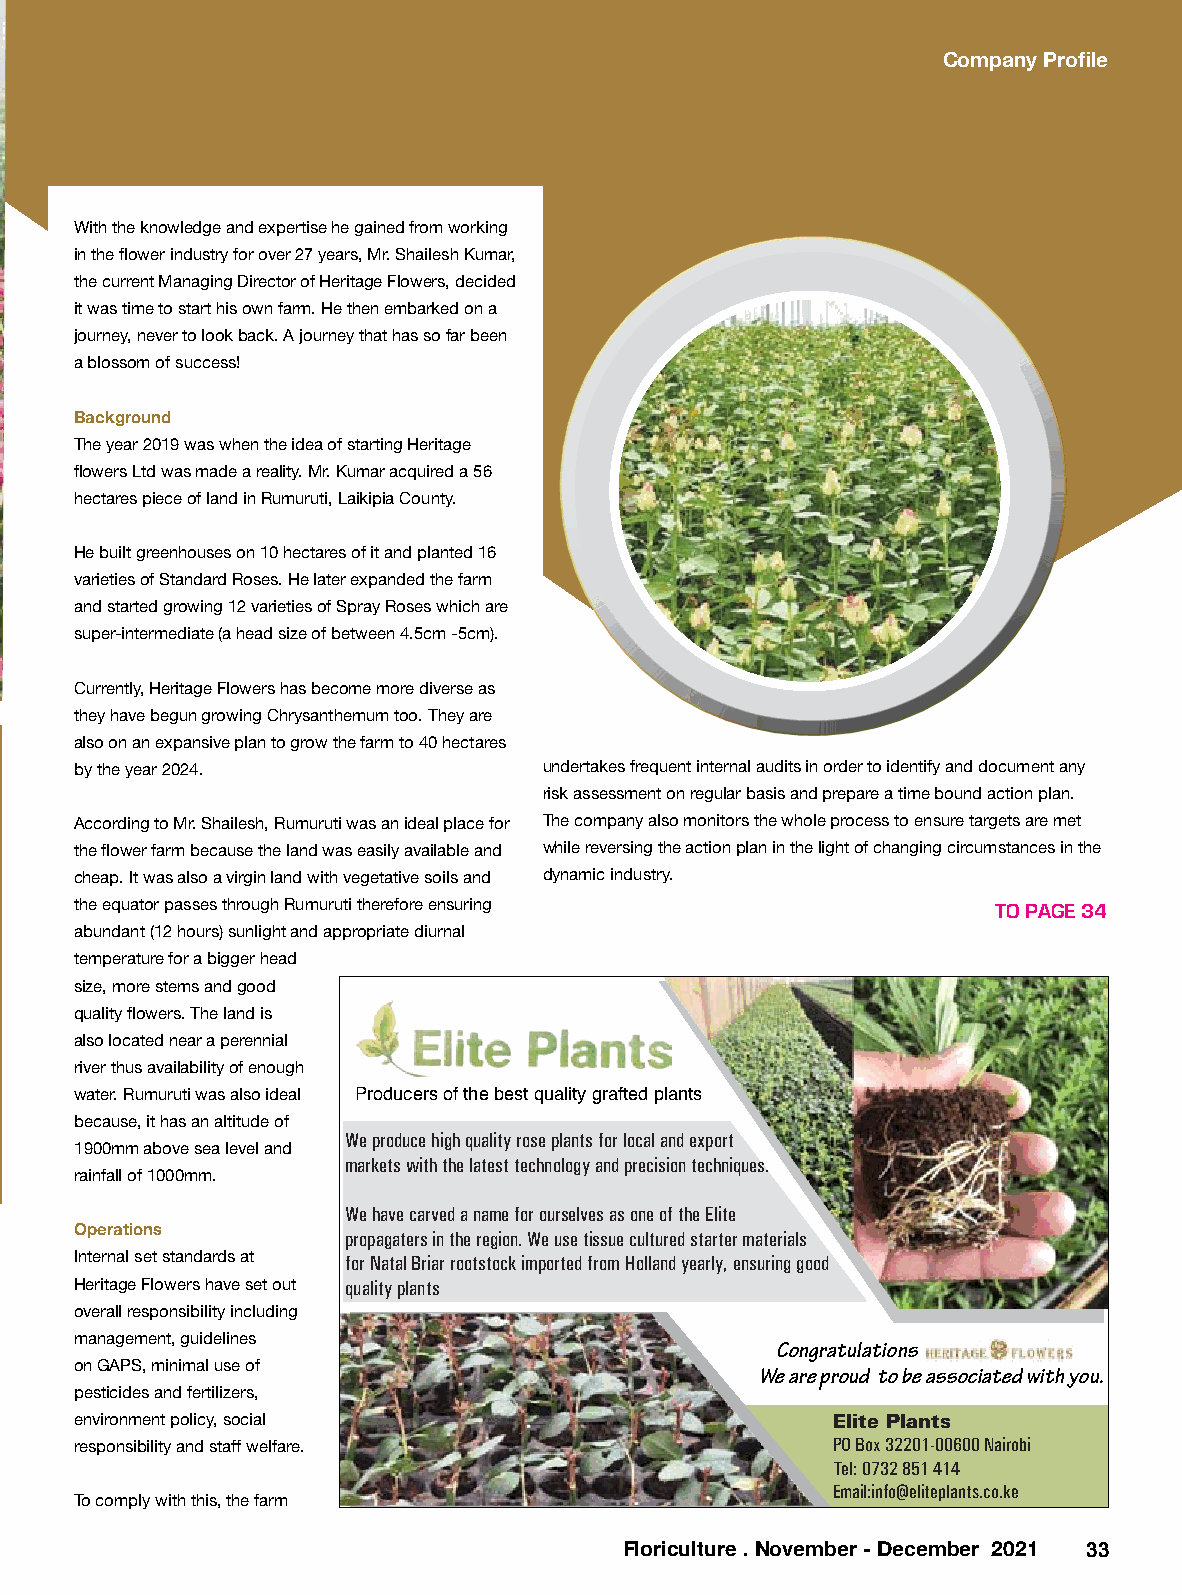
Company Profile
 With the knowledge and expertise he gained from working
 in the flower industry for over 27 years, Mr. Shailesh Kumar,
 the current Managing Director of Heritage Flowers, decided
 it was time to start his own farm. He then embarked on a
 journey, never to look back. A journey that has so far been
 a blossom of success!
 Background
 The year 2019 was when the idea of starting Heritage
 flowers Ltd was made a reality. Mr. Kumar acquired a 56
 hectares piece of land in Rumuruti, Laikipia County.
 He built greenhouses on 10 hectares of it and planted 16
 varieties of Standard Roses. He later expanded the farm
 and started growing 12 varieties of Spray Roses which are
 super-intermediate (a head size of between 4.5cm -5cm).
 Currently, Heritage Flowers has become more diverse as
 they have begun growing Chrysanthemum too. They are
 also on an expansive plan to grow the farm to 40 hectares
 by the year 2024.              undertakes frequent internal audits in order to identify and document any
 risk assessment on regular basis and prepare a time bound action plan.
 According to Mr. Shailesh, Rumuruti was an ideal place for The company also monitors the whole process to ensure targets are met
 the flower farm because the land was easily available and while reversing the action plan in the light of changing circumstances in the
 cheap. It was also a virgin land with vegetative soils and dynamic industry.
 the equator passes through Rumuruti therefore ensuring       TO PAGE 34
 abundant (12 hours) sunlight and appropriate diurnal
 temperature for a bigger head
 size, more stems and good
 quality flowers. The land is
 also located near a perennial
 river thus availability of enough
 water. Rumuruti was also ideal Producers of the best quality grafted plants
 because, it has an altitude of
 We produce high quality rose plants for local and export
 1900mm above sea level and
 markets with the latest technology and precision techniques.
 rainfall of 1000mm.
 We have carved a name for ourselves as one of the Elite
 Operations
 propagaters in the region. We use tissue cultured starter materials
 Internal set standards at for Natal Briar rootstock imported from Holland yearly, ensuring good
 Heritage Flowers have set out quality plants
 overall responsibility including
 management, guidelines
 Congratulations
 on GAPS, minimal use of
 We are proud to be associated with you.
 pesticides and fertilizers,
 environment policy, social                        Elite Plants
 responsibility and staff welfare.                 PO Box 32201-00600 Nairobi
 Tel: 0732 851 414
 Email:info@eliteplants.co.ke
 To comply with this, the farm
 Floriculture . November - December 2021 33